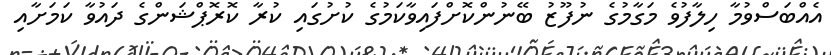
އެއްބަސްވުމާ ހިލާފުވެ މަގާމުގެ ނުފޫޒު ބޭނުންކޮށްފައިވާކަމުގެ ކުށުގައި ކުރާ ކޮރޮޕްޝަންގެ ދައުވާ ކަމަށާއި